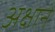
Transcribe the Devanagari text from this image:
अक्षाने